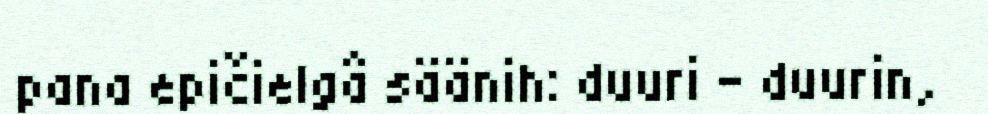
pana epičielgâ säänih: duuri – duurin,